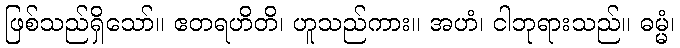
ဖြစ်သည်ရှိသော်။ ဧတရဟိတိ၊ ဟူသည်ကား။ အဟံ၊ ငါဘုရားသည်။ ဓမ္မံ၊